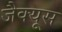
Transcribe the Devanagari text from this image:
जैक्यूस